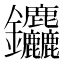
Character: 𮣱